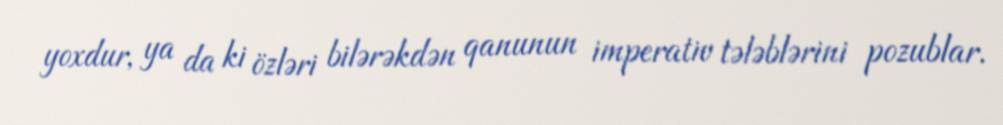
yoxdur, ya da ki özləri bilərəkdən qanunun imperativ tələblərini pozublar.